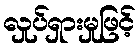
လှုပ်ရှားမှုဖြင့်